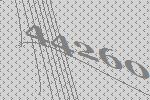
44260